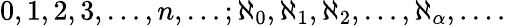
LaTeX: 0,1,2,3,\ldots,n,\ldots;\aleph_{0},\aleph_{1},\aleph_{2},\ldots,\aleph_{\alpha},\ldots.